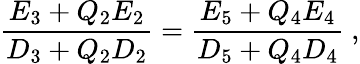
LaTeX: \frac{E_{3}+Q_{2}E_{2}}{D_{3}+Q_{2}D_{2}}=\frac{E_{5}+Q_{4}E_{4}}{D_{5}+Q_{4}D_{4}}\ ,